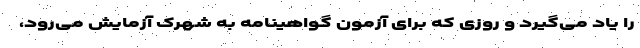
را یاد می‌گیرد و روزی که برای آزمون گواهینامه به شهرک آزمایش می‌رود،